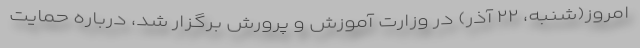
امروز(شنبه، ۲۲ آذر) در وزارت آموزش و پرورش برگزار شد، درباره حمایت